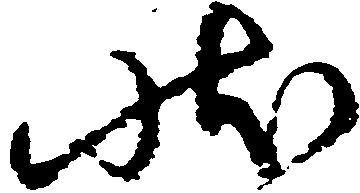
状